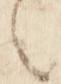
言